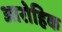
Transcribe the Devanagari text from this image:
आरोहिक